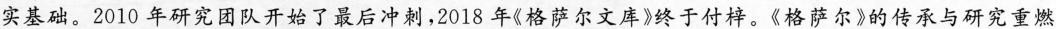
实基础。2010年研究团队开始了最后冲刺，2018年《格萨尔文库》终于付梓。《格萨尔》的传承与研究重燃